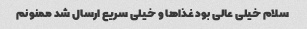
سلام خیلی عالی بود غذاها و خیلی سریع ارسال شد ممنونم